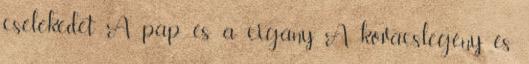
cselekedet A pap és a cigány A kovácslegény és